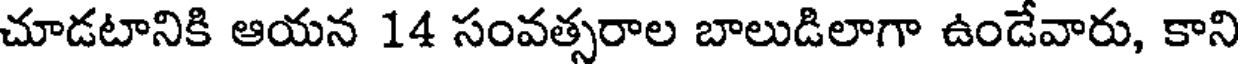
చూడటానికి ఆయన 14 సంవత్సరాల బాలుడిలాగా ఉండేవారు, కాని